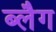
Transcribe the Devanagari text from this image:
ब्लैग